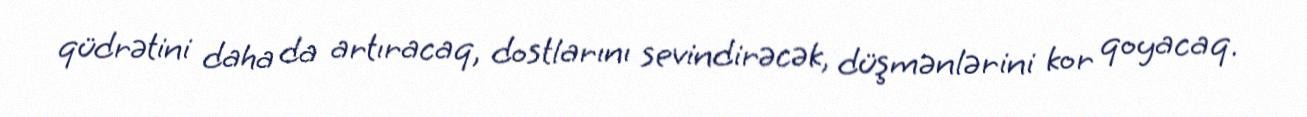
qüdrətini daha da artıracaq, dostlarını sevindirəcək, düşmənlərini kor qoyacaq.